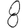
Digit: 8